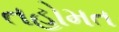
તહોમત